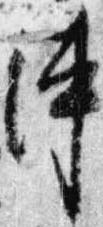
陣